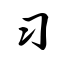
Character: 习